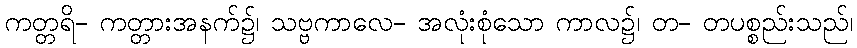
ကတ္တရိ- ကတ္တားအနက်၌၊ သဗ္ဗကာလေ- အလုံးစုံသော ကာလ၌၊ တ- တပစ္စည်းသည်၊